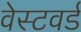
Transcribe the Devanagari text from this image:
वेस्टवर्ड